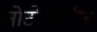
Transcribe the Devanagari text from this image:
नोटोकॉर्डल